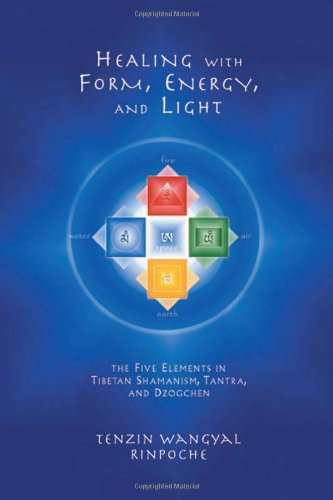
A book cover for Healing with Form, Energy, and Light: The Five Elements in Tibetan Shamanism, Tantra, and Dzogchen; Tenzin W. Rinpoche; Health, Fitness & Dieting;